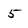
Character: 5